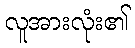
လူအားလုံး၏